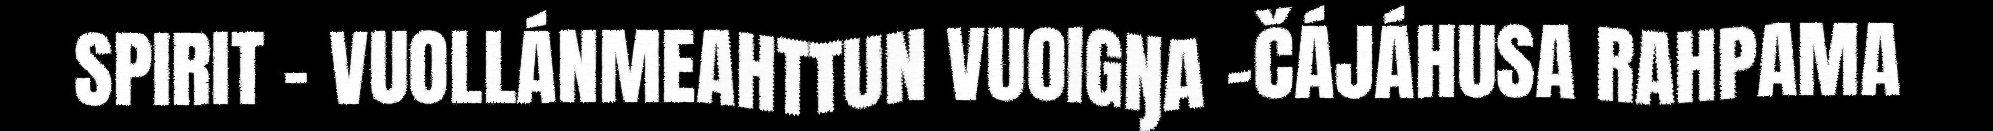
SPIRIT – VUOLLÁNMEAHTTUN VUOIGŊA -ČÁJÁHUSA RAHPAMA